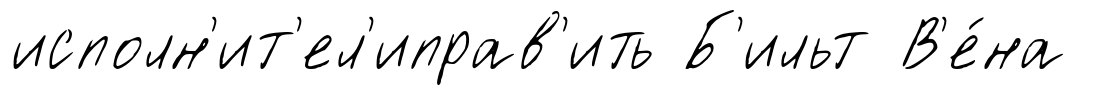
исполн'ит'ел'иправ'ить Б'ильт В'е́на